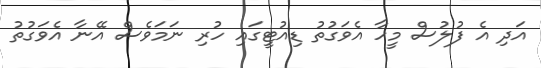
އަދި އެ ފުލުސް މީހާ އެވަގުތު ޑިއުޓީގައި ހުރި ނަމަވެސް އޭނާ އެވަގުތު